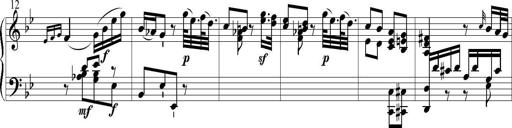
Title: 6 Leichte Sonatinen, Teil 1
Composer: F. Sigismund Sander